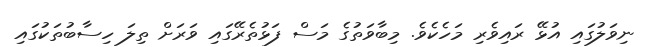
ނިވަލުގައި އުޅޭ ރައިވެރި މަހެކެވެ. މިބާވަތުގެ މަސް ފަޅުތެރޭގައި ވަރަށް ތިލަ ހިސާބުތަކުގައި